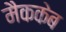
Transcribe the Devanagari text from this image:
मैककेब